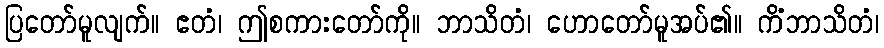
ပြတော်မူလျက်။ ဧတံ၊ ဤစကားတော်ကို။ ဘာသိတံ၊ ဟောတော်မူအပ်၏။ ကိံဘာသိတံ၊